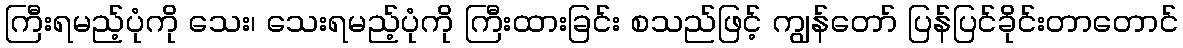
ကြီးရမည့်ပုံကို သေး၊ သေးရမည့်ပုံကို ကြီးထားခြင်း စသည်ဖြင့် ကျွန်တော် ပြန်ပြင်ခိုင်းတာတောင်